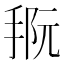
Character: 𪮀